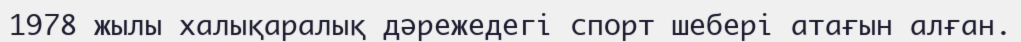
1978 жылы халықаралық дәрежедегі спорт шебері атағын алған.